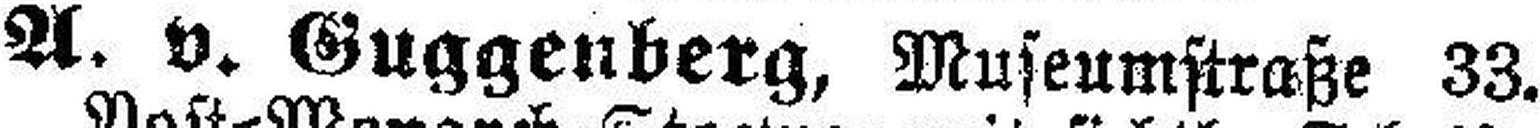
A. v. Guggenberg, Museumstraße 33.